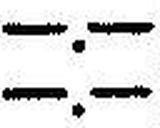
—.—